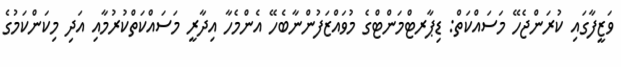
ވަޒީފާގައި ކުރަންޖެހޭ މަސައްކަތް: ޑިޕާރޓްމަންޓްގެ މުވައްޒަފުންނާބެހޭ އެންމެހާ އިދާރީ މަސައްކަތްކުރުމާއި އަދި މިކަންކަމުގެ